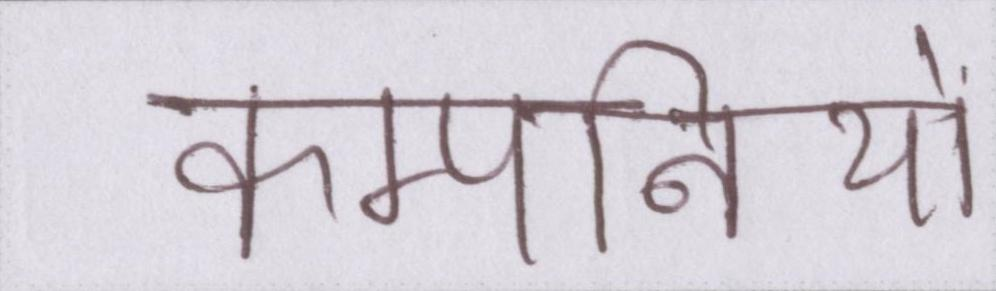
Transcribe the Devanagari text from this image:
कम्पनियों